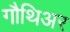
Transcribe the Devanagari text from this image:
गौथिअर